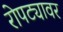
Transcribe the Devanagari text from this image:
रोपट्यावर